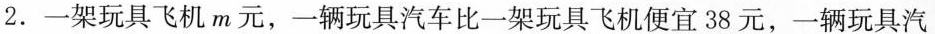
2.一架玩具飞机m元，一辆玩具汽车比一架玩具飞机便宜3 8元，一辆玩具汽